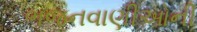
ભજનવાણીઓની